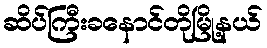
ဆိပ်ကြီးခနောင်တိုမြို့နယ်